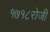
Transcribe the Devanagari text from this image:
१७१८रोजी